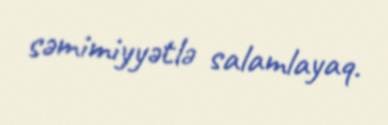
səmimiyyətlə salamlayaq.